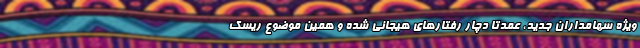
ویژه سهامداران جدید، عمدتا دچار رفتارهای هیجانی شده و همین موضوع ریسک